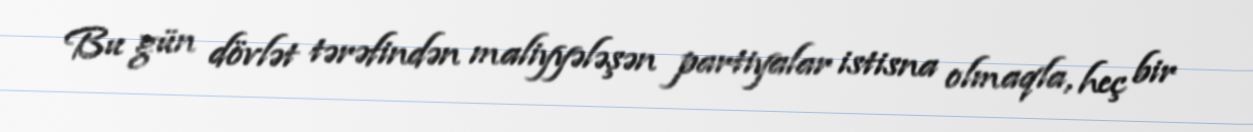
Bu gün dövlət tərəfindən maliyyələşən partiyalar istisna olmaqla, heç bir